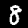
Digit: 8